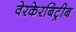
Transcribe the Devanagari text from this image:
वेरकेरबिट्रीब